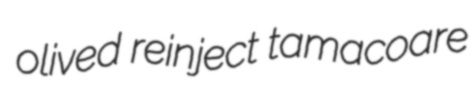
olived reinject tamacoare